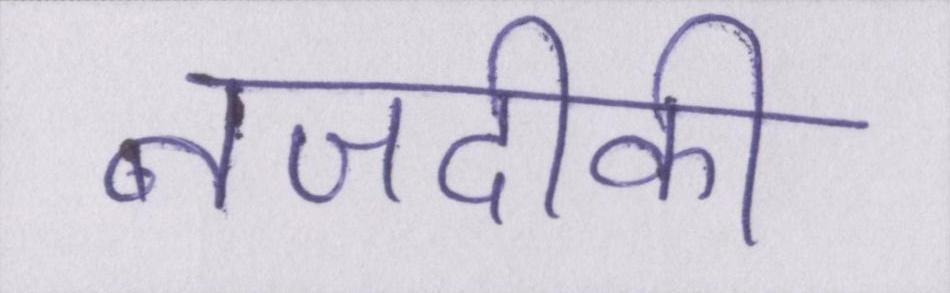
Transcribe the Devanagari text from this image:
नजदीकी